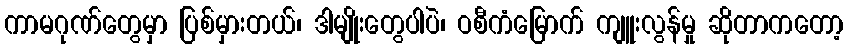
ကာမဂုဏ်တွေမှာ ပြစ်မှားတယ်၊ ဒါမျိုးတွေပါပဲ၊ ဝစီကံမြောက် ကျူးလွန်မှု ဆိုတာကတော့